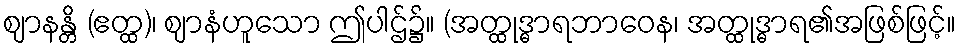
ဈာနန္တိ (ဧတ္ထ)၊ ဈာနံဟူသော ဤပါဌ်၌။ (အတ္ထုဒ္ဓာရဘာဝေန၊ အတ္ထုဒ္ဓာရ၏အဖြစ်ဖြင့်။